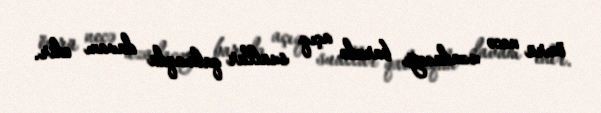
ömrü necə uzadacağı barədə açıq suallar qalmaqda davam edir.